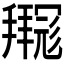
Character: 𫹊